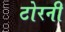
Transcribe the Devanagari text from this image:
टोरनी